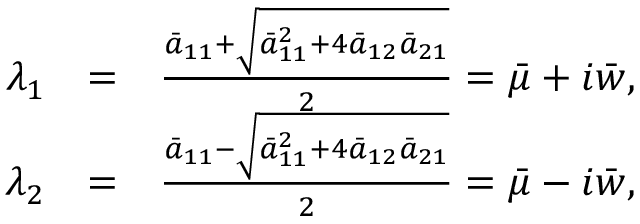
\begin{array} { r l r } { \lambda _ { 1 } } & { = } & { \frac { \bar { a } _ { 1 1 } + \sqrt { \bar { a } _ { 1 1 } ^ { 2 } + 4 \bar { a } _ { 1 2 } \bar { a } _ { 2 1 } } } { 2 } = \bar { \mu } + i \bar { w } , } \\ { \lambda _ { 2 } } & { = } & { \frac { \bar { a } _ { 1 1 } - \sqrt { \bar { a } _ { 1 1 } ^ { 2 } + 4 \bar { a } _ { 1 2 } \bar { a } _ { 2 1 } } } { 2 } = \bar { \mu } - i \bar { w } , } \end{array}